Civil Veterinary Dept. Bombay admin report 1907-1913 - 1907-1913
Year: 1907
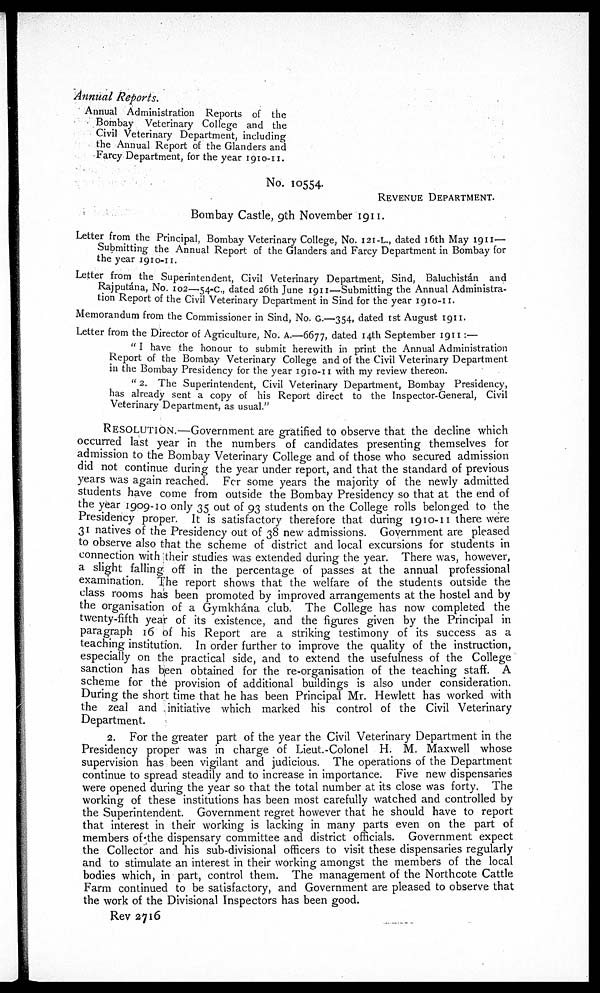
Annual Reports.
Annual Administration Reports of the
Bombay Veterinary College and the
Civil Veterinary Department, including
the Annual Report of the Glanders and
Farcy Department, for the year 1910-11.
No. 10554.
REVENUE DEPARTMENT.
Bombay Castle, 9th November 1911.
Letter from the Principal, Bombay Veterinary College, No. 121-L., dated 16th May 1911—
Submitting the Annual Report of the Glanders and Farcy Department in Bombay for
the year 1910-11.
Letter from the Superintendent, Civil Veterinary Department, Sind, Baluchistán and
Rajputána, No. 102—54-c., dated 26th June 1911—Submitting the Annual Administra-
tion Report of the Civil Veterinary Department in Sind for the year 1910-11.
Memorandum from the Commissioner in Sind, No. G.—354, dated 1st August 1911.
Letter from the Director of Agriculture, No. a.—6677, dated 14th September 1911 :—
" I have the honour to submit herewith in print the Annual Administration
Report of the Bombay Veterinary College and of the Civil Veterinary Department
in the Bombay Presidency for the year 1910-11 with my review thereon.
" 2. The Superintendent, Civil Veterinary Department, Bombay Presidency,
has already sent a copy of his Report direct to the Inspector-General, Civil
Veterinary Department, as usual."
RESOLUTION.—Government are gratified to observe that the decline which
occurred last year in the numbers of candidates presenting themselves for
admission to the Bombay Veterinary College and of those who secured admission
did not continue during the year under report, and that the standard of previous
years was again reached. For some years the majority of the newly admitted
students have come from outside the Bombay Presidency so that at the end of
the year 1909-10 only 35 out of 93 students on the College rolls belonged to the
Presidency proper. It is satisfactory therefore that during 1910-11 there were
31 natives of the Presidency out of 38 new admissions. Government are pleased
to observe also that the scheme of district and local excursions for students in
connection with their studies was extended during the year. There was, however,
a slight falling off in the percentage of passes at the annual professional
examination. The report shows that the welfare of the students outside the
class rooms has been promoted by improved arrangements at the hostel and by
the organisation of a Gymkhána club. The College has now completed the
twenty-fifth year of its existence, and the figures given by the Principal in
paragraph 16 of his Report are a striking testimony of its success as a
teaching institution. In order further to improve the quality of the instruction,
especially on the practical side, and to extend the usefulness of the College
sanction has been obtained for the re-organisation of the teaching staff. A
scheme for the provision of additional buildings is also under consideration.
During the short time that he has been Principal Mr. Hewlett has worked with
the zeal and initiative which marked his control of the Civil Veterinary
Department.
2. For the greater part of the year the Civil Veterinary Department in the
Presidency proper was in charge of Lieut.-Colonel H. M. Maxwell whose
supervision has been vigilant and judicious. The operations of the Department
continue to spread steadily and to increase in importance. Five new dispensaries
were opened during the year so that the total number at its close was forty. The
working of these institutions has been most carefully watched and controlled by
the Superintendent. Government regret however that he should have to report
that interest in their working is lacking in many parts even on the part of
members of the dispensary committee and district officials. Government expect
the Collector and his sub-divisional officers to visit these dispensaries regularly
and to stimulate an interest in their working amongst the members of the local
bodies which, in part, control them. The management of the Northcote Cattle
Farm continued to be satisfactory, and Government are pleased to observe that
the work of the Divisional Inspectors has been good.
Rev 2716